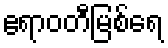
ဧရာဝတီမြစ်ရေ